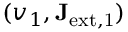
( v _ { 1 } , \mathbf { J } _ { \mathrm { e x t , 1 } } )